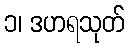
၁၊ ဒဟရသုတ်